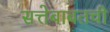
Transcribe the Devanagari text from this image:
सत्तेबाबतची